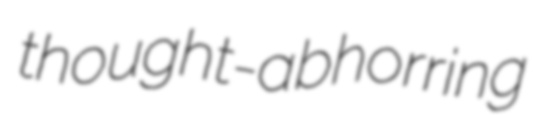
thought-abhorring